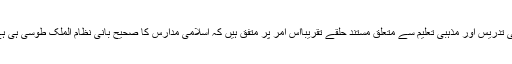
دینی تدریس اور مذہبی تعلیم سے متعلق مستند حلقے تقریباًاس امر پر متفق ہیں کہ اسلامی مدارس کا صحیح بانی نظام الملک طوسی ہی ہے ۔